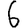
Digit: 6